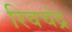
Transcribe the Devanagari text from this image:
रिवचंद्र